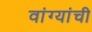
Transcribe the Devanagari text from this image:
वांग्यांची